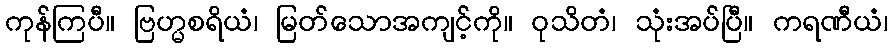
ကုန်ကြပီ။ ဗြဟ္မစရိယံ၊ မြတ်သောအကျင့်ကို။ ဝုသိတံ၊ သုံးအပ်ပြီ။ ကရဏီယံ၊